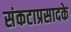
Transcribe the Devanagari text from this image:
संकटाप्रसादके